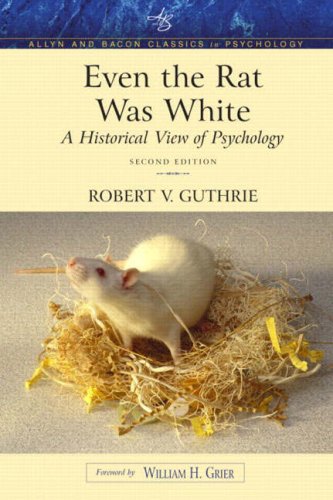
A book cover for Even the Rat Was White: A Historical View of Psychology (Allyn & Bacon Classics Edition) (2nd Edition); Robert V. Guthrie; Medical Books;